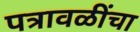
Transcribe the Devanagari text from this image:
पत्रावळींचा